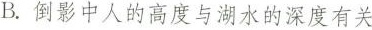
B. 倒影中人的高度与湖水的深度有关